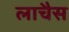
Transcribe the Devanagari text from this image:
लाचैस